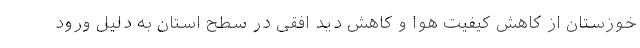
خوزستان از کاهش کیفیت هوا و کاهش دید افقی در سطح استان به دلیل ورود